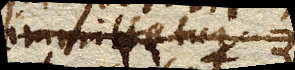
immittatur